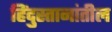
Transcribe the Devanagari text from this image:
हिंदुस्तानांतील